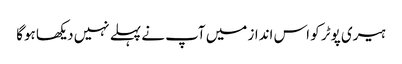
ہیری پوٹر کو اس انداز میں آپ نے پہلے نہیں دیکھا ہوگا